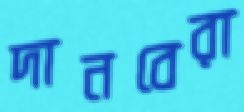
দানবেরা